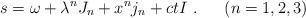
LaTeX: \begin{align*} s = \omega + \lambda^nJ_n + x^nj_n + ct I~. ~~~~~ (n = 1, 2, 3)\end{align*}